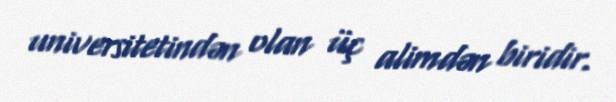
universitetindən olan üç alimdən biridir.